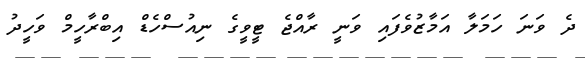
ދެ ވަނަ ހަމަލާ އަމާޒުވެފައި ވަނީ ރާއްޖެ ޓީވީގެ ނިއުސްހެޑް އިބްރާހީމް ވަހީދު